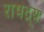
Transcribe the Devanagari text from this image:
राषद्र्य